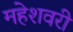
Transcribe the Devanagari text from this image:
महेशवरी